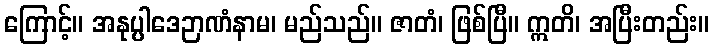
ကြောင့်။ အနုပ္ပါဒေဉာဏံနာမ၊ မည်သည်။ ဇာတံ၊ ဖြစ်ပြီ။ ဣတိ၊ အပြီးတည်း။